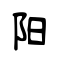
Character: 阳